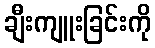
ချီးကျူးခြင်းကို